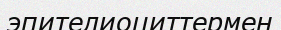
эпителиоциттермен